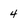
Character: 4